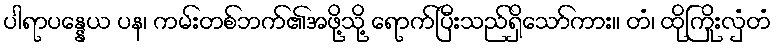
ပါရာပန္နေယ ပန၊ ကမ်းတစ်ဘက်၏အဖို့သို့ ရောက်ပြီးသည်ရှိသော်ကား။ တံ၊ ထိုကြိုးလှံတံ